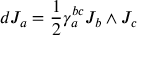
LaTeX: d J _ { a } = { \frac { 1 } { 2 } } \gamma _ { a } ^ { b c } J _ { b } \wedge J _ { c }